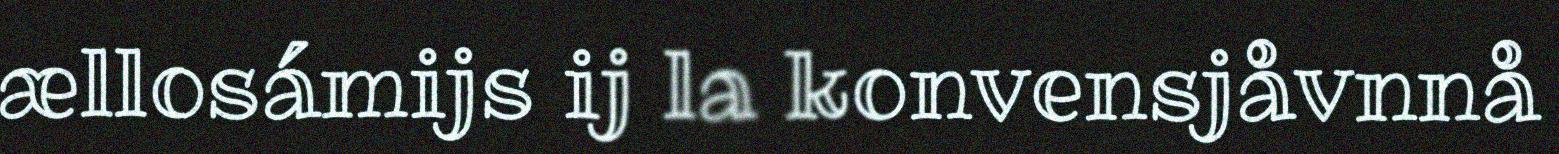
ællosámijs ij la konvensjåvnnå